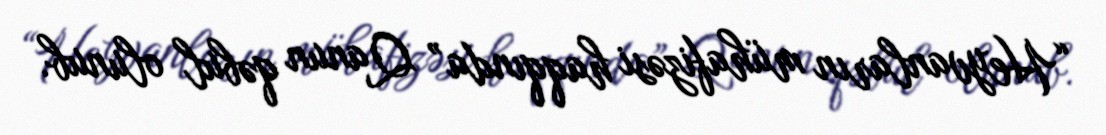
“Heyvanların mühafizəsi haqqında” Qanun qəbul olunub.